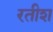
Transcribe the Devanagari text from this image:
रतीश